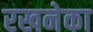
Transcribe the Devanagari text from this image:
रखनेका